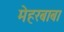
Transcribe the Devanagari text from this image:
मेहरबाबा